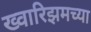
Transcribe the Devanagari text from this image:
ख्वारिझमच्या